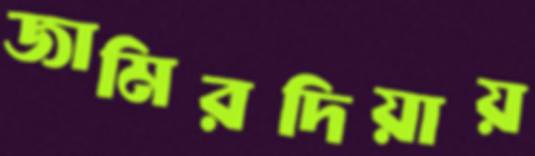
জামিরদিয়ায়